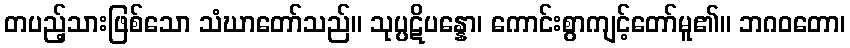
တပည့်သားဖြစ်သော သံဃာတော်သည်။ သုပ္ပဋိပန္နော၊ ကောင်းစွာကျင့်တော်မူ၏။ ဘဂဝတော၊